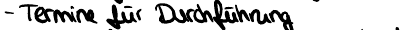
- Termine für Durchführung